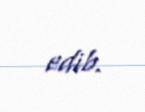
edib.